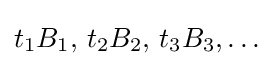
t_{1}B_{1},\,t_{2}B_{2},\,t_{3}B_{3},\ldots